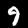
Label: 9